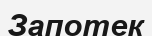
Запотек